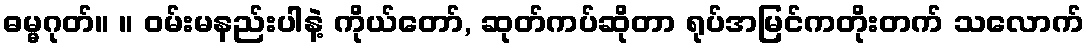
ဓမ္မဂုတ်။ ။ ဝမ်းမနည်းပါနဲ့ ကိုယ်တော်, ဆုတ်ကပ်ဆိုတာ ရုပ်အမြင်ကတိုးတက် သလောက်